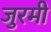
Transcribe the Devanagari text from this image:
जुरमी